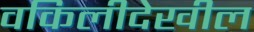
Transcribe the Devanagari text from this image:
वकिलीदेखील